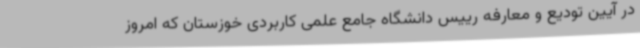
در آیین تودیع و معارفه رییس دانشگاه جامع علمی کاربردی خوزستان که امروز